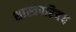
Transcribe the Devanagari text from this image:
शास्त्रपरिचय